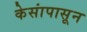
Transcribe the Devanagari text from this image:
केसांपासून